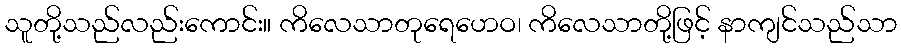
သူတို့သည်လည်းကောင်း။ ကိလေသာတုရေဟေဝ၊ ကိလေသာတို့ဖြင့် နာကျင်သည်သာ